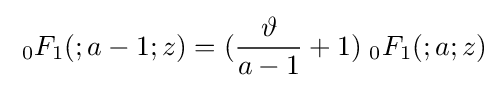
\;{}_{0}F_{1}(;a-1;z)=({\frac {\vartheta }{a-1}}+1)\;{}_{0}F_{1}(;a;z)